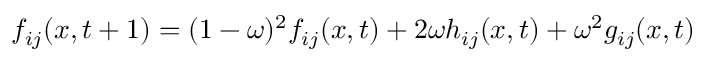
f _ { i j } ( x , t + 1 ) = ( 1 - \omega ) ^ { 2 } f _ { i j } ( x , t ) + 2 \omega h _ { i j } ( x , t ) + \omega ^ { 2 } g _ { i j } ( x , t )